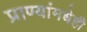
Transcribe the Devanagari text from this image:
प्राण्यांमधेही